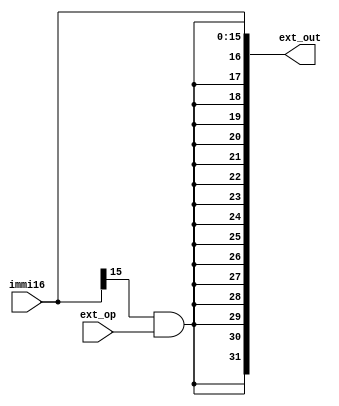
`timescale 1ns/1ps

module extender(immi16, ext_op,ext_out);

input [15:0] immi16;
input ext_op;

output [31:0] ext_out;

wire the_bit; 

assign the_bit = immi16[15] & ext_op;
assign ext_out = {{16{the_bit}},immi16};

endmodule